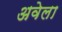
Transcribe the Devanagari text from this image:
अवेला